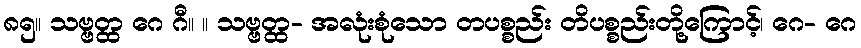
၈၅။ သဗ္ဗတ္ထ ဂေ ဂီ။ ။ သဗ္ဗတ္ထ- အလုံးစုံသော တပစ္စည်း တိပစ္စည်းတို့ကြောင့်၊ ဂေ- ဂေ